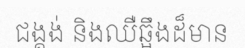
ជង្គង់ និងឈឺឆ្អឹងដ៏មាន